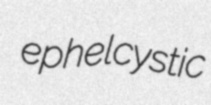
ephelcystic